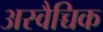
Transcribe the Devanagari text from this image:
अस्वैच्चिक